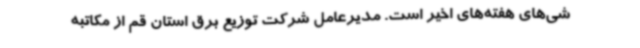
شی‌های هفته‌های اخیر است. مدیرعامل شرکت توزیع برق استان قم از مکاتبه